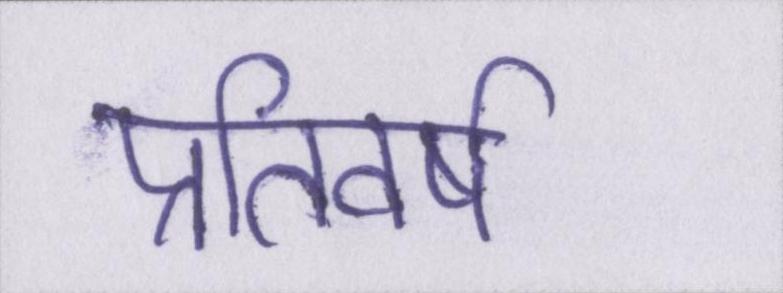
प्रतिवर्ष